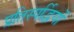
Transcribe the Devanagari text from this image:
प्रतिस्पर्द्धियों